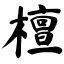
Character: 檀